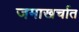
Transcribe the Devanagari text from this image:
जमाखर्चात